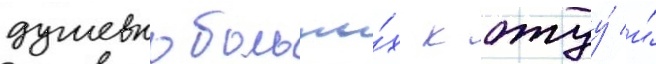
душевнобольны́х к отцу́ и́